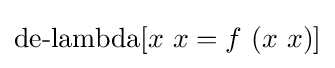
\operatorname {de-lambda} [x\ x=f\ (x\ x)]